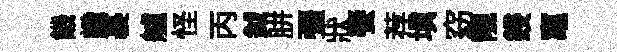
饑軄裹艫怪丙鉞胼彊狀饗荐填窈靚鋟𥧄